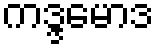
ကဒ္ဒမောဒ